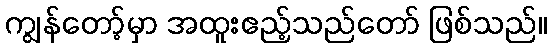
ကျွန်တော့်မှာ အထူးဧည့်သည်တော် ဖြစ်သည်။